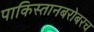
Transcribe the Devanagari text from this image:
पाकिस्तानबरोबरच